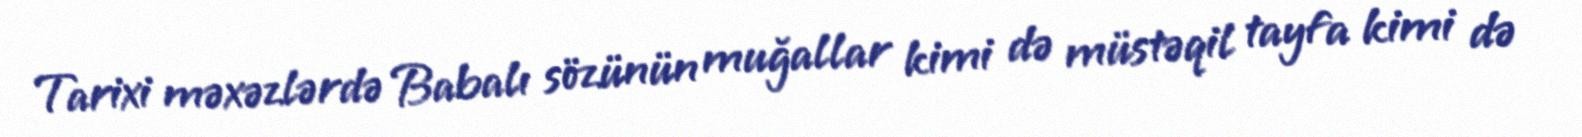
Tarixi məxəzlərdə Babalı sözünün muğallar kimi də müstəqil tayfa kimi də